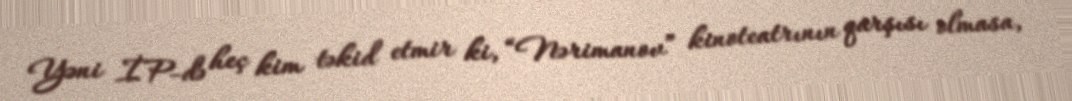
Yəni İP-də heç kim təkid etmir ki, “Nərimanov” kinoteatrının qarşısı olmasa,